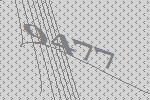
9477